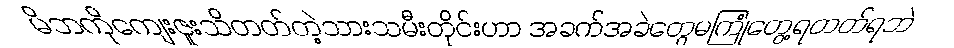
မိဘကိုကျေးဇူးသိတတ်တဲ့သားသမီးတိုင်းဟာ အခက်အခဲတွေမကြုံတွေ့ရတတ်ရဘဲ